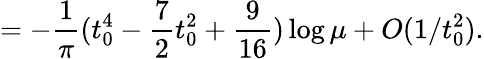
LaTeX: =-\frac{1}{\pi}(t_{0}^{4}-\frac{7}{2}t_{0}^{2}+\frac{9}{16})\log\mu+O(1/t_{0}^{2}).